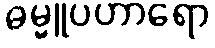
ဓမ္မူပဟာရော